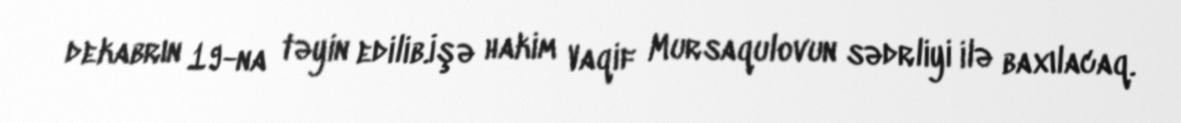
dekabrın 19-na təyin edilib.İşə hakim Vaqif Mursaqulovun sədrliyi ilə baxılacaq.